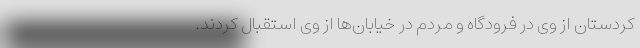
کردستان از وی در فرودگاه و مردم در خیابان‌ها از وی استقبال کردند.